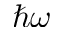
\hbar \omega